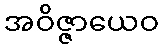
အဝိဇ္ဇာယေဝ